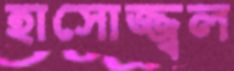
হাসোজ্জ্বল